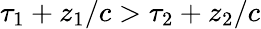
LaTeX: \tau_{1}+z_{1}/c>\tau_{2}+z_{2}/c